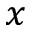
x